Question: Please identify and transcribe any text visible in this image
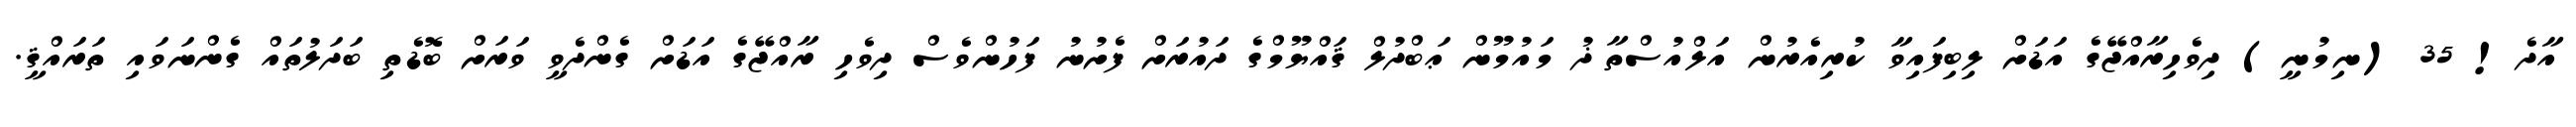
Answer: އާދެ! 35 (ނިމުނީ) ދިވެހިރާއްޖޭގެ އަޑަށް ލިބިފައިވާ ކުރިއެރުން އަލްއުސްތާޛު މައުމޫން ޢަބްދުލް ޤައްޔޫމްގެ ދައުރަށް ފެށުނު ފަހުންވެސް ދިވެހި ރާއްޖޭގެ އަޑަށް ގެންދެވީ ވަރަށް ބޮޑެތި ބަދަލުތައް ގެންނަވައި ތަރައްޤީ.